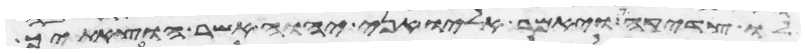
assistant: לו צדקה ויאמר אליו אני יהוה אשר הוצאתיך